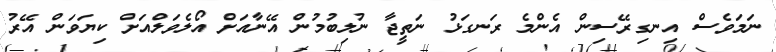
ނަމަވެސް އިނގިރޭސިން އެންމެ ރަނގަޅު ނަތީޖާ ނުލިބުމުން އޭނާއަށް އޯލެވަލްއަށް ކިޔަވަން އޭރު